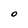
Character: O